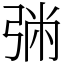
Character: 㢼